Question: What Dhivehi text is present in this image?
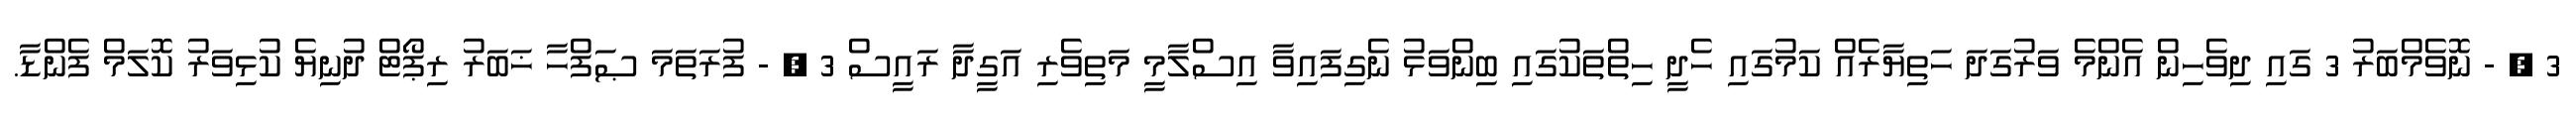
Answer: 3 , - ނޮވެމްބަރު 3 ގައި ދިވެހިން އެންމެ ވަރުގަދަ ހަތިޔާރެއް ކަމުގައި ހެދީ ހިތްތަކުގައި ބިންވަޅު ނެގިފައިވާ އިސްލާމީ މަތިވެރި އަގީދާ ރައީސް 3 , - ފުރަތަމަ ޞަފްހާ ޚަބަރު ރިޕޯޓް ދުނިޔެ ކުޅިވަރު ކޮލަމް ފެންޑާ.